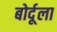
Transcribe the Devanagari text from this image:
बोर्दूला